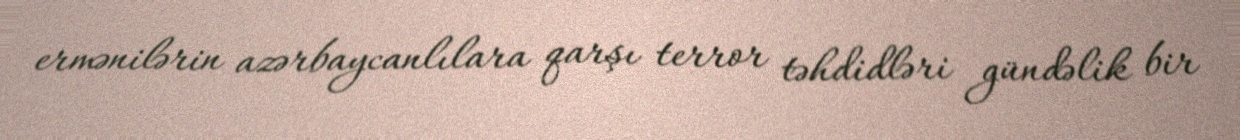
ermənilərin azərbaycanlılara qarşı terror təhdidləri gündəlik bir